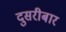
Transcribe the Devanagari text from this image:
दुसरीबार